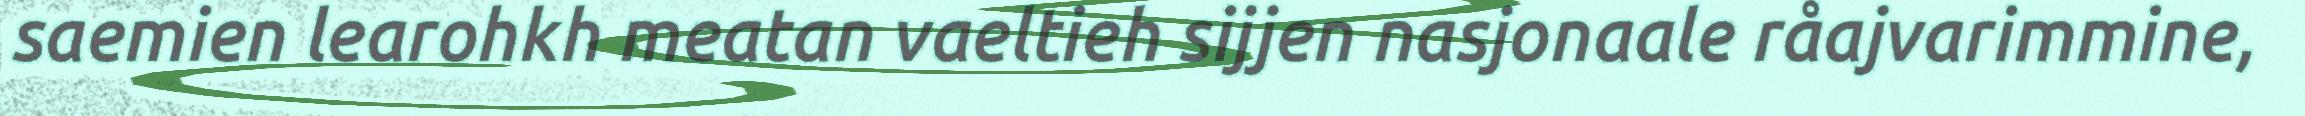
saemien learohkh meatan vaeltieh sijjen nasjonaale råajvarimmine,